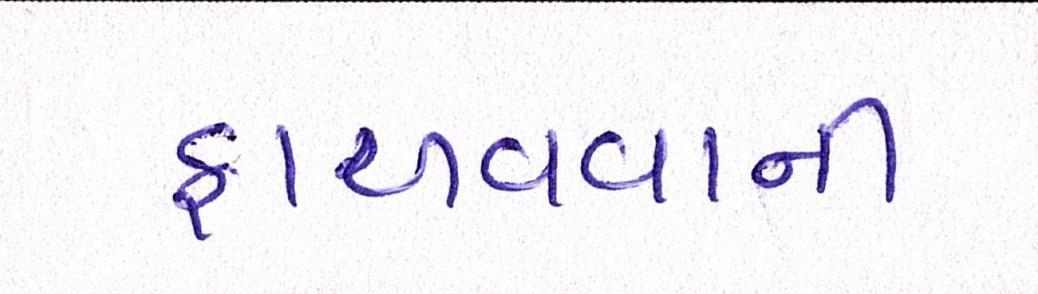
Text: ફાળવવાની